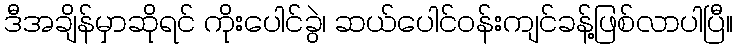
ဒီအချိန်မှာဆိုရင် ကိုးပေါင်ခွဲ၊ ဆယ်ပေါင်ဝန်းကျင်ခန့်ဖြစ်လာပါပြီ။